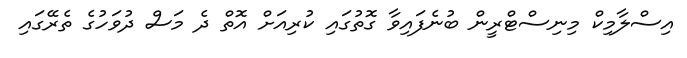
އިސްލާމިކް މިނިސްޓްރީން ބުނެފައިވާ ގޮތުގައި ކުރިއަށް އޮތް ދެ މަސް ދުވަހުގެ ތެރޭގައި